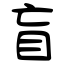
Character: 盲